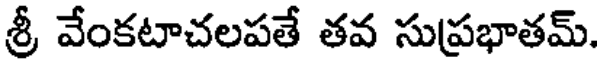
శ్రీ వేంకటాచలపతే తవ సుప్రభాతమ్.